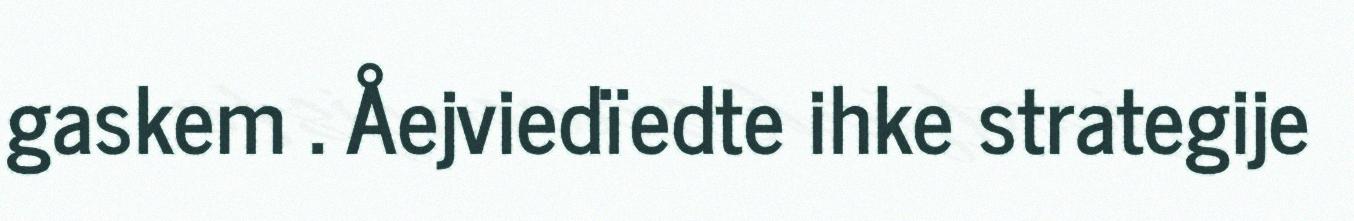
gaskem . Åejviedïedte ihke strategije